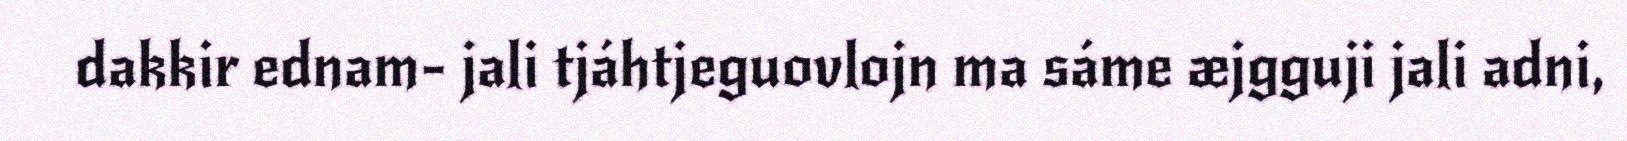
dakkir ednam- jali tjáhtjeguovlojn ma sáme æjgguji jali adni,